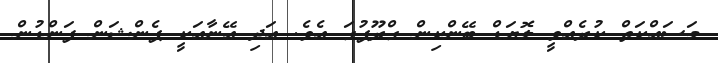
މަސައްކަތް ކުރެއްވީ ލޮޔަޑް ބޭންކިން ގްރޫޕުގަ އެވެ. އަދި އޭނާއަކީ ޕެންޝަން ފަންޑުން